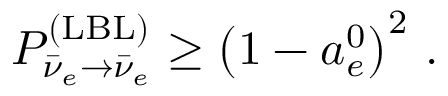
P _ { \bar { \nu } _ { e } \to \bar { \nu } _ { e } } ^ { ( \mathrm { L B L } ) } \geq \left( 1 - a _ { e } ^ { 0 } \right) ^ { 2 } \, .